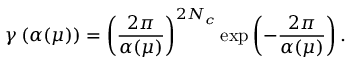
\gamma \left( \alpha ( \mu ) \right) = \left( { \frac { 2 \pi } { \alpha ( \mu ) } } \right) ^ { 2 N _ { c } } \exp \left( - { \frac { 2 \pi } { \alpha ( \mu ) } } \right) .